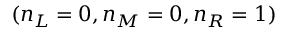
( n _ { L } = 0 , n _ { M } = 0 , n _ { R } = 1 )